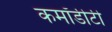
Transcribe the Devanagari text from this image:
कमॉडीटी